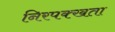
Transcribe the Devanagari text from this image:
निरपक्खता